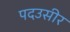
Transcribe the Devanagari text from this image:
पदउसीर